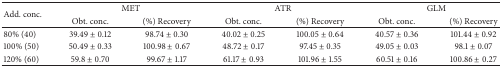
| <ROWSPAN=2> Add. conc. | <COLSPAN=2> MET | <COLSPAN=2> ATR | <COLSPAN=2> GLM |
 | Obt. conc. | (%) Recovery | Obt. conc. | (%) Recovery | Obt. conc. | (%) Recovery |
 | --- | --- | --- | --- | --- | --- | --- |
 | 80% (40) | 39.49 ± 0.12 | 98.74 ± 0.30 | 40.02 ± 0.25 | 100.05 ± 0.64 | 40.57 ± 0.36 | 101.44 ± 0.92 |
 | 100% (50) | 50.49 ± 0.33 | 100.98 ± 0.67 | 48.72 ± 0.17 | 97.45 ± 0.35 | 49.05 ± 0.03 | 98.1 ± 0.07 |
 | 120% (60) | 59.8 ± 0.70 | 99.67 ± 1.17 | 61.17 ± 0.93 | 101.96 ± 1.55 | 60.51 ± 0.16 | 100.86 ± 0.27 |